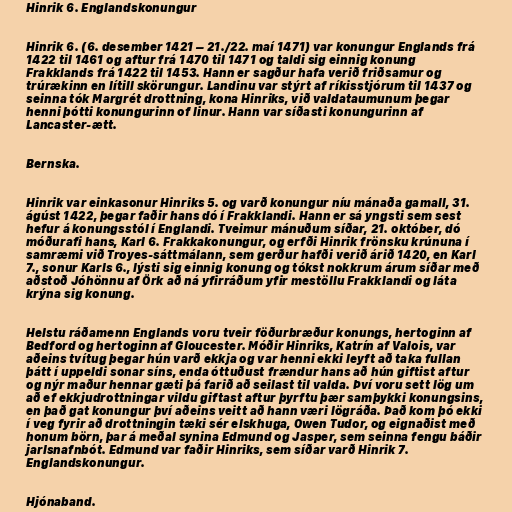
Hinrik 6. Englandskonungur

Hinrik 6. (6. desember 1421 – 21./22. maí 1471) var konungur Englands frá
1422 til 1461 og aftur frá 1470 til 1471 og taldi sig einnig konung
Frakklands frá 1422 til 1453. Hann er sagður hafa verið friðsamur og
trúrækinn en lítill skörungur. Landinu var stýrt af ríkisstjórum til 1437 og
seinna tók Margrét drottning, kona Hinriks, við valdataumunum þegar
henni þótti konungurinn of linur. Hann var síðasti konungurinn af
Lancaster-ætt.

Bernska.

Hinrik var einkasonur Hinriks 5. og varð konungur níu mánaða gamall, 31.
ágúst 1422, þegar faðir hans dó í Frakklandi. Hann er sá yngsti sem sest
hefur á konungsstól í Englandi. Tveimur mánuðum síðar, 21. október, dó
móðurafi hans, Karl 6. Frakkakonungur, og erfði Hinrik frönsku krúnuna í
samræmi við Troyes-sáttmálann, sem gerður hafði verið árið 1420, en Karl
7., sonur Karls 6., lýsti sig einnig konung og tókst nokkrum árum síðar með
aðstoð Jóhönnu af Örk að ná yfirráðum yfir mestöllu Frakklandi og láta
krýna sig konung.

Helstu ráðamenn Englands voru tveir föðurbræður konungs, hertoginn af
Bedford og hertoginn af Gloucester. Móðir Hinriks, Katrín af Valois, var
aðeins tvítug þegar hún varð ekkja og var henni ekki leyft að taka fullan
þátt í uppeldi sonar síns, enda óttuðust frændur hans að hún giftist aftur
og nýr maður hennar gæti þá farið að seilast til valda. Því voru sett lög um
að ef ekkjudrottningar vildu giftast aftur þyrftu þær samþykki konungsins,
en það gat konungur því aðeins veitt að hann væri lögráða. Það kom þó ekki
í veg fyrir að drottningin tæki sér elskhuga, Owen Tudor, og eignaðist með
honum börn, þar á meðal synina Edmund og Jasper, sem seinna fengu báðir
jarlsnafnbót. Edmund var faðir Hinriks, sem síðar varð Hinrik 7.
Englandskonungur.

Hjónaband.